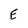
Character: E